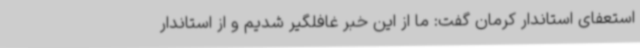
استعفای استاندار کرمان گفت: ما از این خبر غافلگیر شدیم و از استاندار